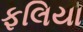
ફલિયા